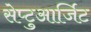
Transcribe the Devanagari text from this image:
सेप्टुआर्जिट